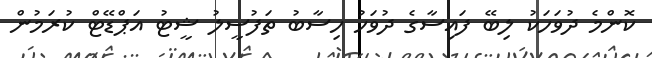
ކޮންމެ ދުވަހަކު ލިބޭ ފައިސާގެ ދުވަހު ހިސާބު ތަފުސީލު ޝީޓު އަޕްޑޭޓް ކުރަމުން